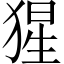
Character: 猩